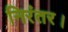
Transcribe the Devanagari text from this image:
निरंतर।